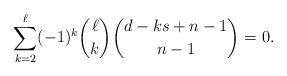
LaTeX: \begin{align*}\sum_{k=2}^\ell (-1)^k \binom{\ell}{k} \binom{d - k s + n-1}{n-1}=0.\end{align*}